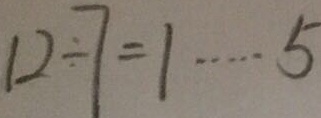
1 2 \div 7 = 1 \cdots 5